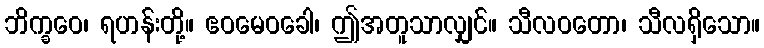
ဘိက္ခဝေ၊ ရဟန်းတို့။ ဧဝမေဝခေါ၊ ဤအတူသာလျှင်။ သီလဝတော၊ သီလရှိသော။